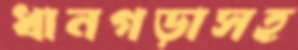
ধানগড়াসহ